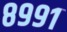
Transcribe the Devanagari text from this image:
८९९१